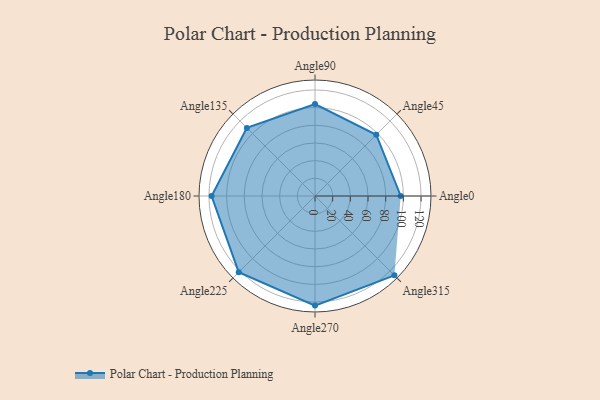
{"axis": {"x": "Angle", "y": "Radius"}, "legend": [""], "data": [{"x": "Angle0", "y": 97.0, "type": ""}, {"x": "Angle45", "y": 98.0, "type": ""}, {"x": "Angle90", "y": 104.0, "type": ""}, {"x": "Angle135", "y": 109.0, "type": ""}, {"x": "Angle180", "y": 117.0, "type": ""}, {"x": "Angle225", "y": 122.0, "type": ""}, {"x": "Angle270", "y": 124.0, "type": ""}, {"x": "Angle315", "y": 127.0, "type": ""}]}